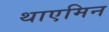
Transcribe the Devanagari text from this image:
थाएमिन